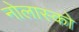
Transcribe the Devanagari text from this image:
नोलास्को